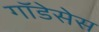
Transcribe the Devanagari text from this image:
गॉडेसेस